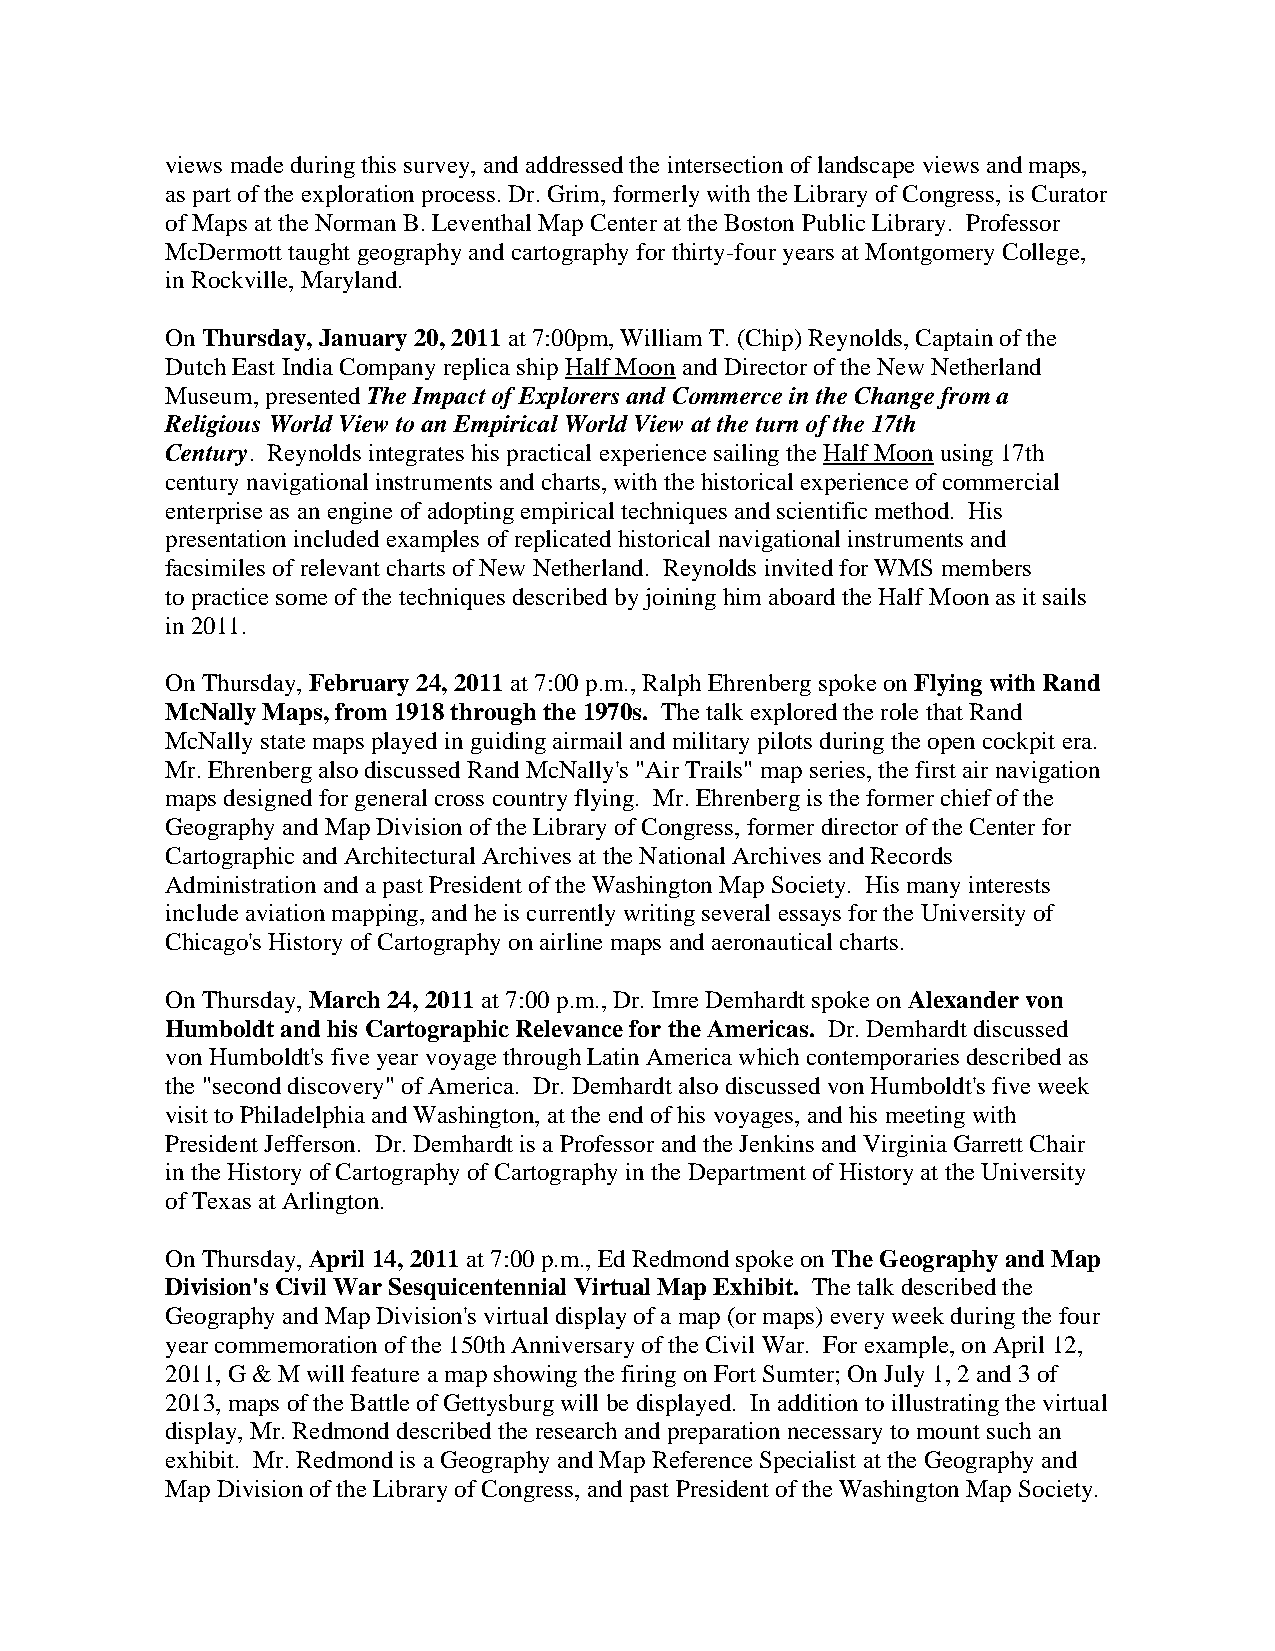
views made during this survey, and addressed the intersection of landscape views and maps,
 as part of the exploration process. Dr. Grim, formerly with the Library of Congress, is Curator
 of Maps at the Norman B. Leventhal Map Center at the Boston Public Library. Professor
 McDermott taught geography and cartography for thirty-four years at Montgomery College,
 in Rockville, Maryland.
 On Thursday, January 20, 2011 at 7:00pm, William T. (Chip) Reynolds, Captain of the
 Dutch East India Company replica ship Half Moon and Director of the New Netherland
 Museum, presented The Impact of Explorers and Commerce in the Change from a
 Religious World View to an Empirical World View at the turn of the 17th
 Century. Reynolds integrates his practical experience sailing the Half Moon using 17th
 century navigational instruments and charts, with the historical experience of commercial
 enterprise as an engine of adopting empirical techniques and scientific method. His
 presentation included examples of replicated historical navigational instruments and
 facsimiles of relevant charts of New Netherland. Reynolds invited for WMS members
 to practice some of the techniques described by joining him aboard the Half Moon as it sails
 in 2011.
 On Thursday, February 24, 2011 at 7:00 p.m., Ralph Ehrenberg spoke on Flying with Rand
 McNally Maps, from 1918 through the 1970s. The talk explored the role that Rand
 McNally state maps played in guiding airmail and military pilots during the open cockpit era.
 Mr. Ehrenberg also discussed Rand McNally's "Air Trails" map series, the first air navigation
 maps designed for general cross country flying. Mr. Ehrenberg is the former chief of the
 Geography and Map Division of the Library of Congress, former director of the Center for
 Cartographic and Architectural Archives at the National Archives and Records
 Administration and a past President of the Washington Map Society. His many interests
 include aviation mapping, and he is currently writing several essays for the University of
 Chicago's History of Cartography on airline maps and aeronautical charts.
 On Thursday, March 24, 2011 at 7:00 p.m., Dr. Imre Demhardt spoke on Alexander von
 Humboldt and his Cartographic Relevance for the Americas. Dr. Demhardt discussed
 von Humboldt's five year voyage through Latin America which contemporaries described as
 the "second discovery" of America. Dr. Demhardt also discussed von Humboldt's five week
 visit to Philadelphia and Washington, at the end of his voyages, and his meeting with
 President Jefferson. Dr. Demhardt is a Professor and the Jenkins and Virginia Garrett Chair
 in the History of Cartography of Cartography in the Department of History at the University
 of Texas at Arlington.
 On Thursday, April 14, 2011 at 7:00 p.m., Ed Redmond spoke on The Geography and Map
 Division's Civil War Sesquicentennial Virtual Map Exhibit. The talk described the
 Geography and Map Division's virtual display of a map (or maps) every week during the four
 year commemoration of the 150th Anniversary of the Civil War. For example, on April 12,
 2011, G & M will feature a map showing the firing on Fort Sumter; On July 1, 2 and 3 of
 2013, maps of the Battle of Gettysburg will be displayed. In addition to illustrating the virtual
 display, Mr. Redmond described the research and preparation necessary to mount such an
 exhibit. Mr. Redmond is a Geography and Map Reference Specialist at the Geography and
 Map Division of the Library of Congress, and past President of the Washington Map Society.